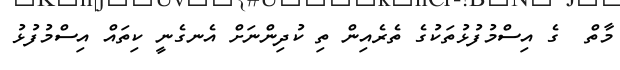
މާތް  ގެ އިސްމުފުޅުތަކުގެ ތެރެއިން ތި ކުދިންނަށް އެނގެނީ ކިތައް އިސްމުފުޅު